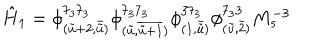
LaTeX: \hat { H } _ { 1 } = \phi _ { ( \tilde { u } + 2 , \bar { \tilde { u } } ) } ^ { 7 _ { 3 } 7 _ { 3 } } \phi _ { ( \tilde { u } , \overline { { { \tilde { u } + 1 } } } ) } ^ { 7 _ { 3 } 7 _ { 3 } } \phi _ { ( 1 , \bar { \tilde { u } } ) } ^ { 3 7 _ { 3 } } \phi _ { ( \tilde { u } , \bar { 2 } ) } ^ { 7 _ { 3 } 3 } M _ { s } ^ { - 3 }